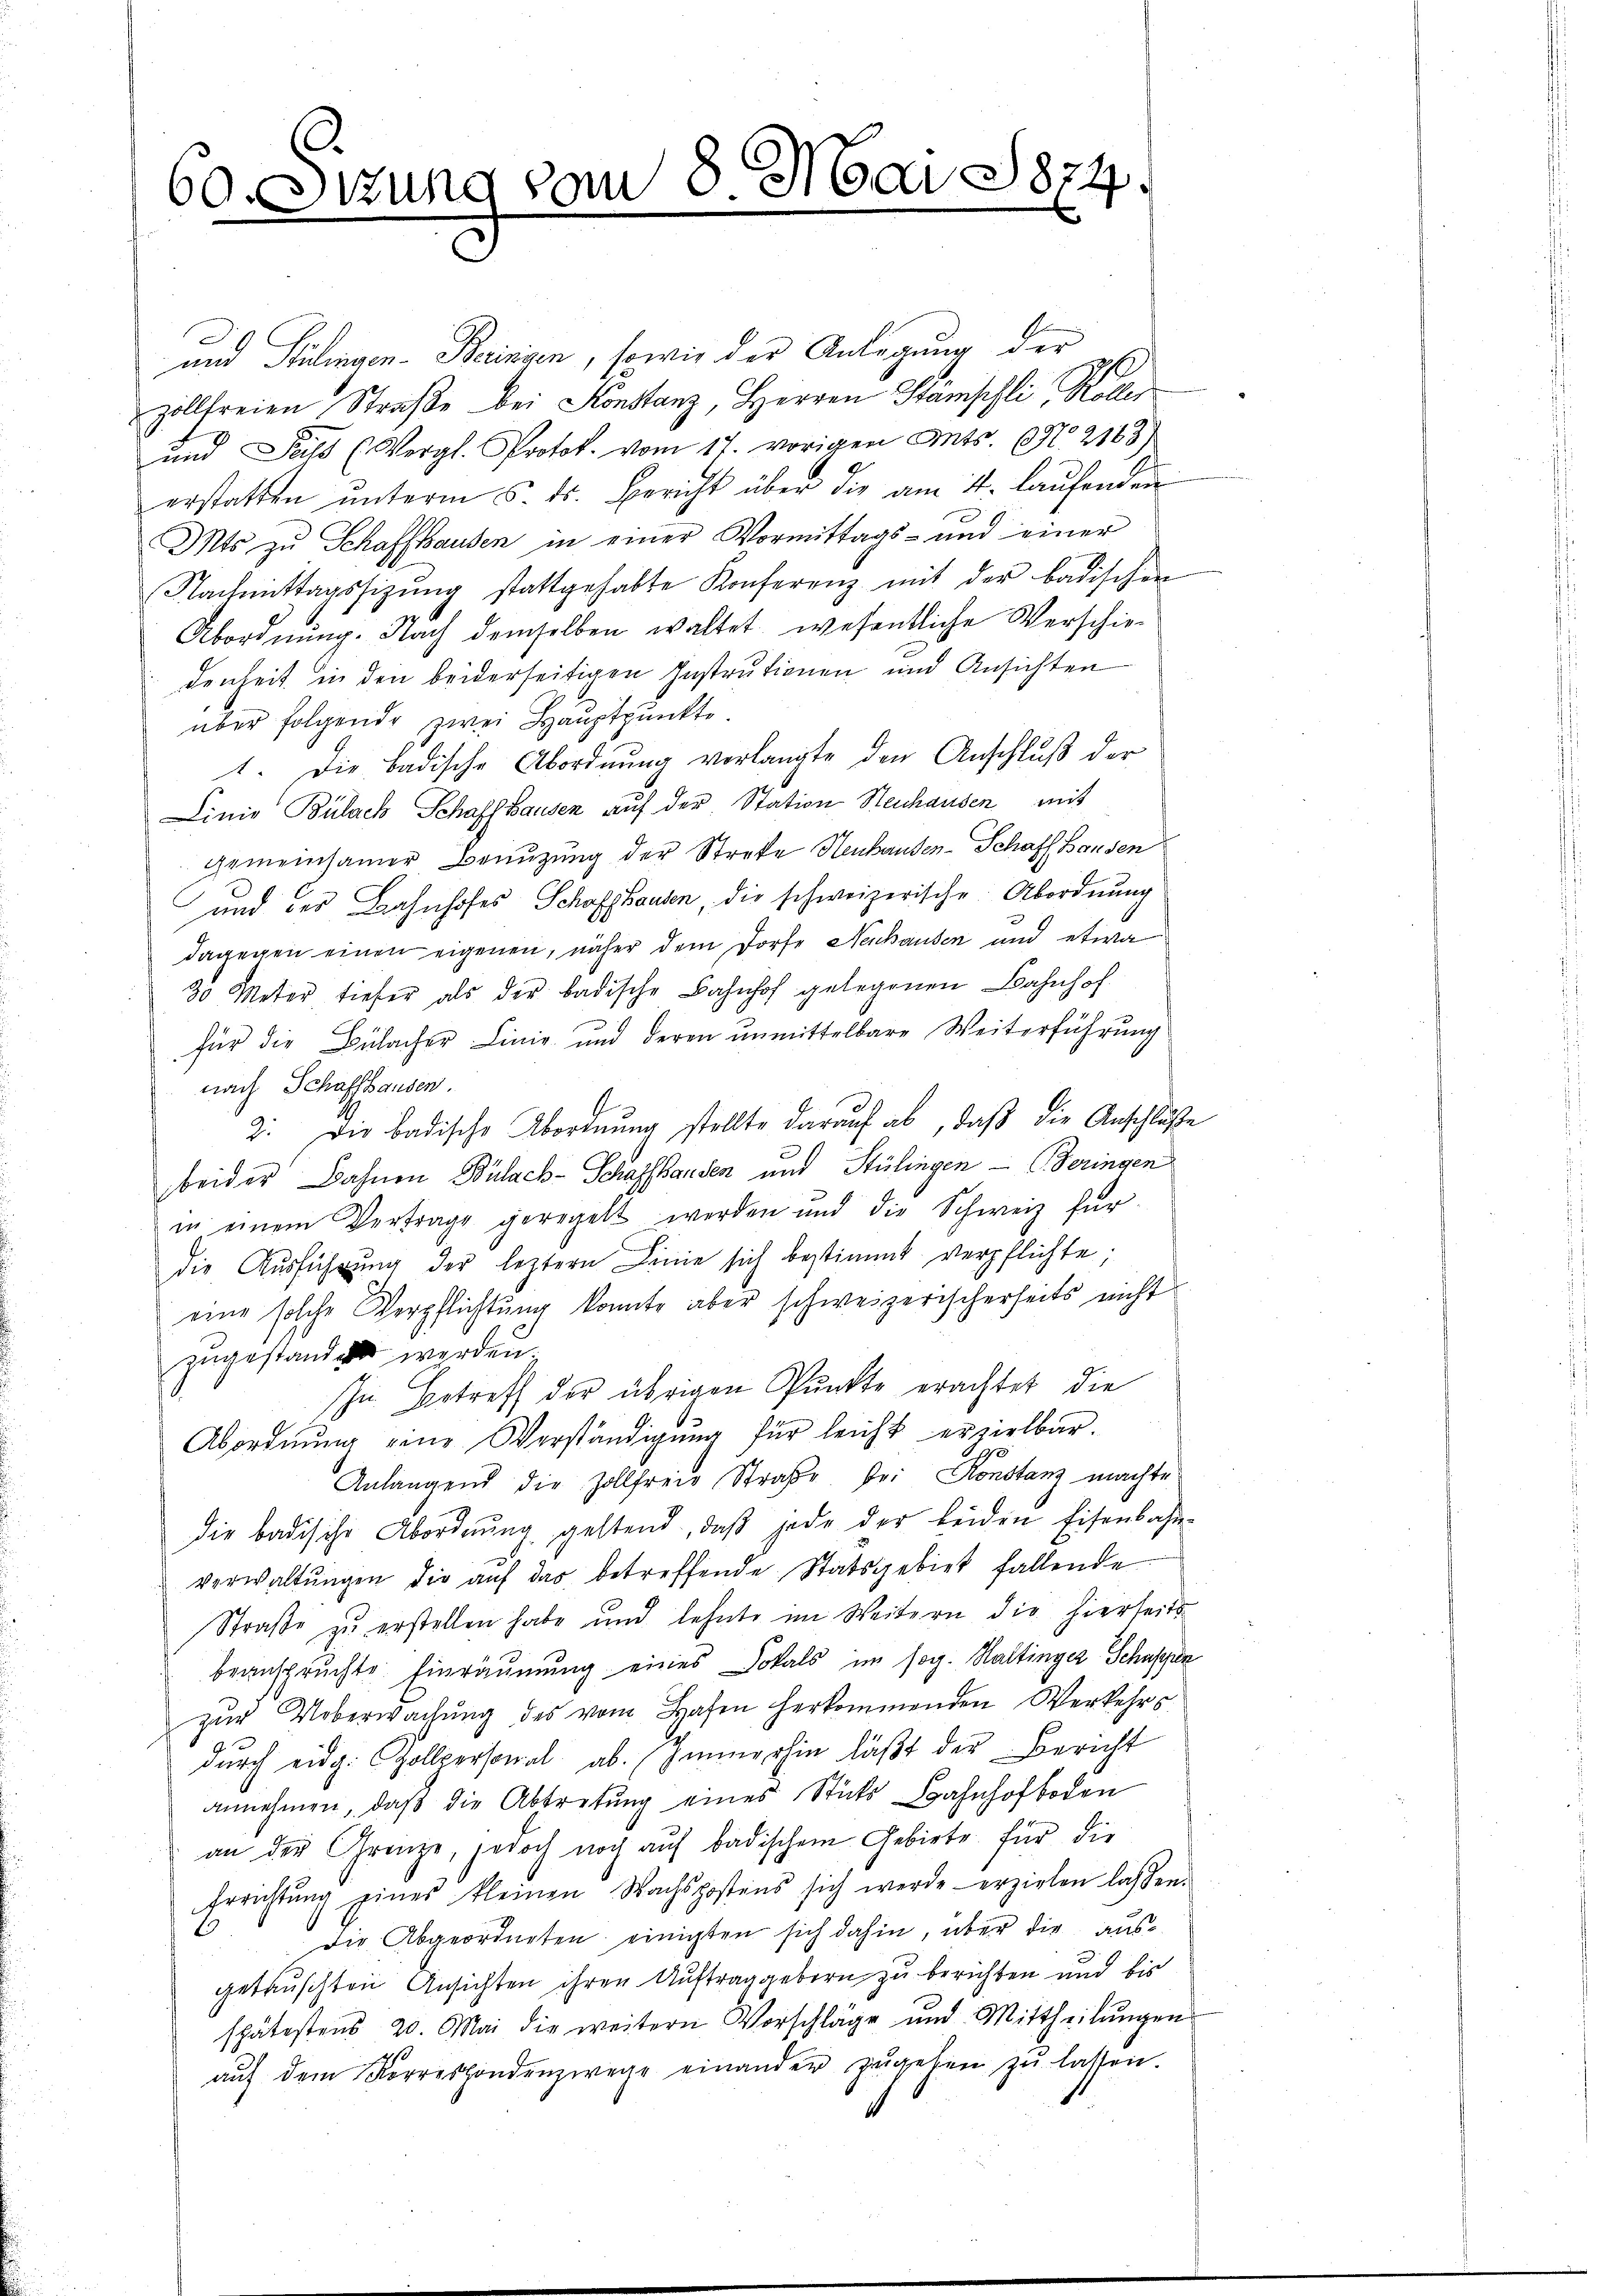
60. Sizung vom 8. Mai 1874.

und Stilingen- Berinien, sowie der Anlegung der
zollfreien Straβe bei Konstanz, Herren Stämschli, Koller
und Teils (Vergl. Protok. vom 17. vorigen Ants. No. 2143
erstatten ŭnterm 5. ds. Bericht über die am 4. laŭfenden
Mts zu Schaffhausen in einer Vormittags- und einer
Nachmittagssitzŭng stattgehabte Konferenz mit der badischen
Abordnung. Nach demselben waltet, wesentliche Verschiedenheit in den beiderseitigen Instructionen und Ansichten
über folgende zwei Hauptpunkte
1. Die badische Abordnung verlangte den Anschluß der
Linie Bülach Schaffhausen auf der Station Stenhausen mit
gemeinsamer Benutzung der Streke Henhanden-Schaff Hausen
und des Bahnhofes Schaffhausen, die schweizerische Abordnung
dagegen einen eigenen, näher dem Dorfe Nenhausen und etwa
30 Meter tiefer als der badische Bahnhof gelegenen Bahnhof
für die Bülacher Linie und deren unmittelbare Weiterführung
nach Schaffhausen.
2. Die badische Abordnung stellte darauf ab, daß die Anschlusse
beider Bahnen Bülach-Schaffhausen und Stülingen - Beringen
in einem Vertrage geregelt werden und die Schweiz für
die Ausführŭng der letztern Linie sich bestimmt verpflichte;
eine solche Verpflichtung konnte aber schweizerischerseits nicht
zugestandet werden.
In Betreff der übrigen Punkte erachtet die
Abordnŭng eine Verständigung für leicht erzielbar.
Anlangend die Zollfreie Strafe bei Konstanz machte
die badische Abordnŭng geltend, daβ jede der beiden Eisenbahn-
verwaltŭngen die auf das betreffende Statsgebiet fallende
Straße zu erstellen habe und lehnte im Weitern die hierseits
beanspruchte Einräumung eines Lokals im sog. Haltinger Schuppun
zŭr Ueberwachŭng des vom Hafen herkommenden Verkehrs-
durch eidg. Gollpersonal ab. Immerhin läßt der Bericht
annehmen, daβ die Abtretŭng eines Stücks Bahnhofboden
an der Grenze, jedoch noch auf badischem Gebiete für die
Errichtŭng eines kleinen Wachspostens sich werde erzielen lassen.
Die Abgeordneten einigten sich dahin, über die ausgetauschten Ansichten ihren Auftraggebern zu berichten und bis
spätestens 20. Mai die weitern Vorschläge und Mittheilŭngen
aŭf dem Korrespondenzwege einander zŭgehen zŭ lassen.